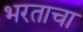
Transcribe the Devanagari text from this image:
भरताचा